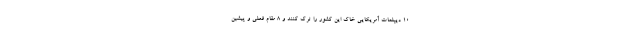
10 دیپلمات آمریکایی خاک این کشور را ترک کنند و 8 مقام فعلی و پیشین